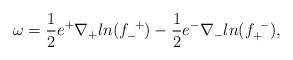
LaTeX: \begin{align*} \omega = {1 \over 2}e^+ \nabla_+ ln(f^{~+}_{-}) - {1 \over 2} e^- \nabla_- ln(f^{~-}_{+}) ,\end{align*}